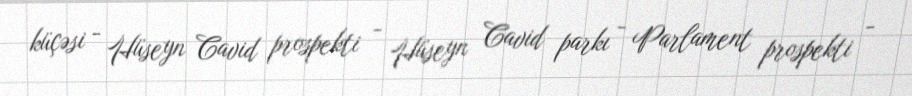
küçəsi - Hüseyn Cavid prospekti - Hüseyn Cavid parkı - Parlament prospekti -